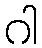
ဂါ